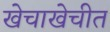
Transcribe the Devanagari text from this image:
खेचाखेचीत